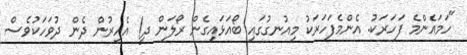
"ހަމައެންމެ ފަހަރަކު. އެންމެފަހަރަކު މިއުނގުގައި ބޯއަޅައިގެން ރޯލަން ދީ! އެއިރުން ދެން ދުވަހަކުވެސް